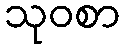
သုဝစာ